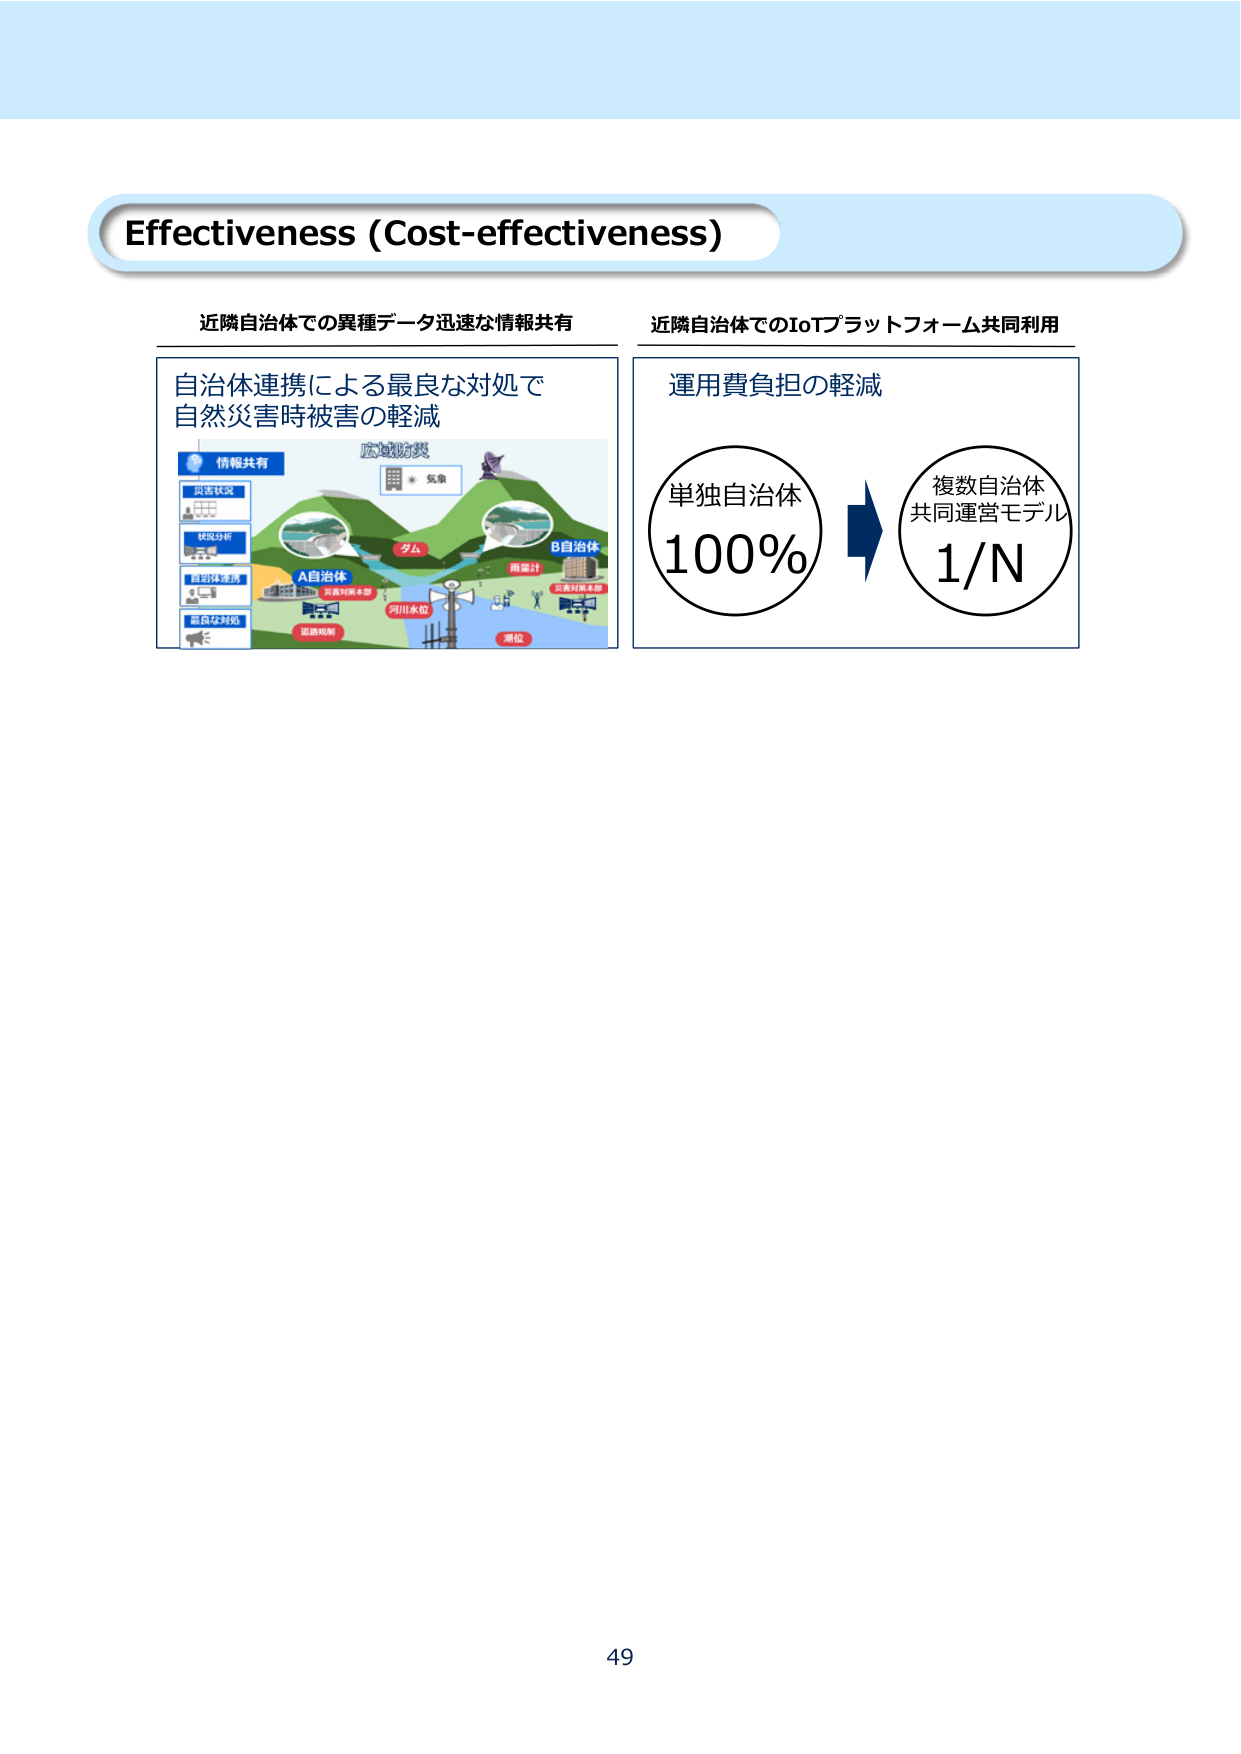
Effectiveness (Cost-effectiveness)

近隣自治体での異種データ迅速な情報共有
近隣自治体でのIoTプラットフォーム共同利用

自治体連携による最良な対処で
自然災害時被害の軽減

情報共有
災害状況
状況分析
自治体連携
最良な対処

広域防災
* 気象
ダム
A自治体
災害対策本部
河川水位
道路規制
雨量計
B自治体
災害対策本部
潮位

運用費負担の軽減

単独自治体
100%

→

複数自治体
共同運営モデル
1/N

49